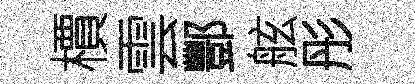
檟雲酆舷彤